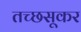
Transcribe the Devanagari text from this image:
तच्छसूकर